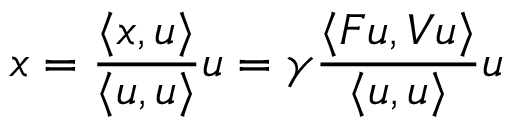
x = \frac { \langle x , u \rangle } { \langle u , u \rangle } u = \gamma \frac { \langle \boldsymbol { F } u , \boldsymbol { V } u \rangle } { \langle u , u \rangle } u